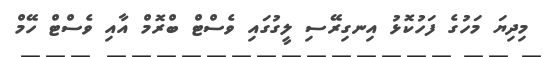
މިދިޔަ މަހުގެ ފަހުކޮޅު އިނގިރޭސި ލީގުގައި ވެސްޓް ބްރޮމް އާއި ވެސްޓް ހޭމް